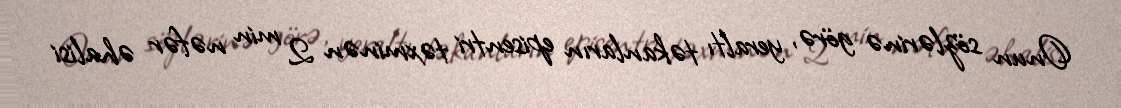
Onun sözlərinə görə, yeraltı təkanların episentri təxminən 2 min nəfər əhalisi